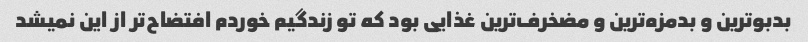
بدبو‌ترین و بدمزه‌ترین و مضخرف‌ترین غذایی بود که تو زندگیم خوردم افتضاح‌تر از این نمیشد